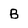
Character: B